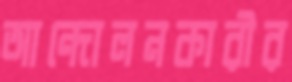
আন্দোলনকারীর